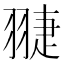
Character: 𦑈